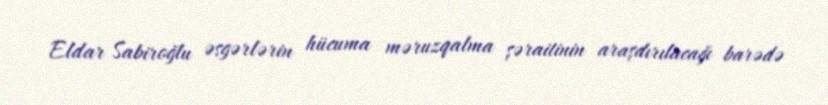
Eldar Sabiroğlu əsgərlərin hücuma məruzqalma şəraitinin araşdırılacağı barədə